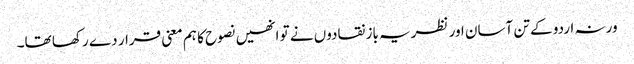
ورنہ اردو کے تن آسان اور نظریہ باز نقادوں نے تو انھیں نصوح کا ہم معنی قرار دے رکھا تھا۔